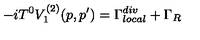
- i T ^ { 0 } V _ { 1 } ^ { ( 2 ) } ( p , p ^ { \prime } ) = \Gamma _ { l o c a l } ^ { d i v } + \Gamma _ { R }